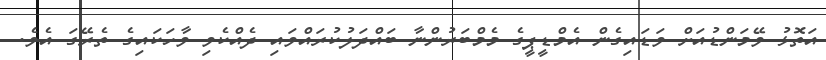
އަތޮޅު ވޭމަންޑުއަށް ވަޑައިގެން އެމްޑީޕީގެ މެމްބަރުންނާ ބައްދަލުކުރައްވައި ދެއްކެވި ވާހަކައިގެ ތެރޭގަ އެވެ.